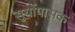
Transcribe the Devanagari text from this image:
सुर्योपासक